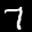
Label: 7